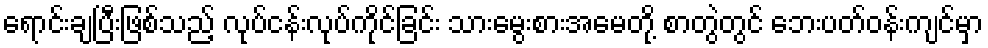
ရောင်းချပြီးဖြစ်သည့် လုပ်ငန်းလုပ်ကိုင်ခြင်း သားမွေးစားအမေတို့ စာတွဲတွင် ဘေးပတ်ဝန်းကျင်မှာ